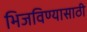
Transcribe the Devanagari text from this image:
भिजविण्यासाठी